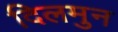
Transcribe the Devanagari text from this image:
दिलमुन